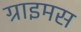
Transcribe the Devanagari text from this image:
ग्राइमस